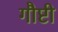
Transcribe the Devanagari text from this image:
गौष्टी